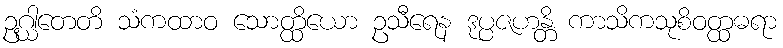
ဥဂ္ဃါတေတိ သံကထာဝ သောတ္ထိယော ဥသီရေန ဒုပ္ပဇဟန္တိ ကာသိကသုစိဝတ္ထဓရာ